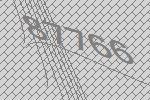
87766